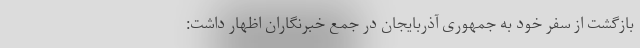
بازگشت از سفر خود به جمهوری آذربایجان در جمع خبرنگاران اظهار داشت: